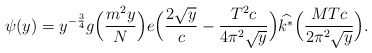
\begin{align*}\psi(y)= y^{-\frac{3}{4}}g\Big(\frac{m^2 y}{N}\Big)e\Big(\frac{2\sqrt{y}}{c} -\frac{T^2c}{4\pi^2\sqrt{y}} \Big) \widehat{k^*} \Big( \frac{MTc}{2\pi^2 \sqrt{y}} \Big).\end{align*}